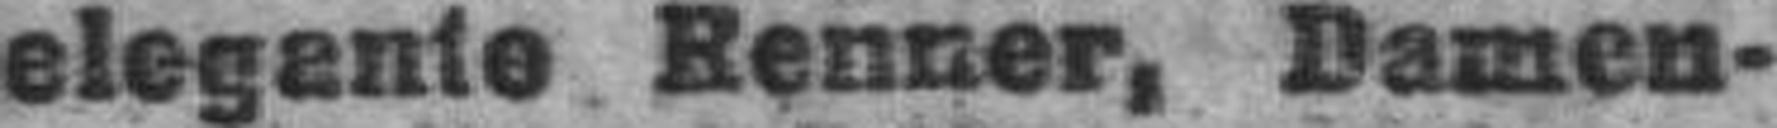
elegante Renner, Damen¬